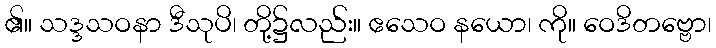
၏။ သဒ္ဒသဝနာ ဒီသုပိ၊ တို့၌လည်း။ ဧသေဝ နယော၊ ကို။ ဝေဒိတဗ္ဗော၊